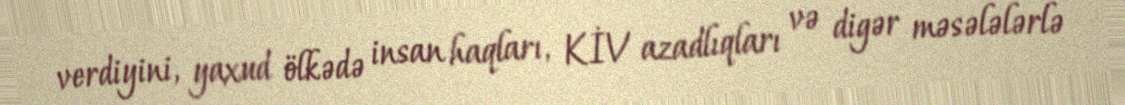
verdiyini, yaxud ölkədə insan haqları, KİV azadlıqları və digər məsələlərlə